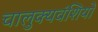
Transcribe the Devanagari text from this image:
चालुक्यवंशियों